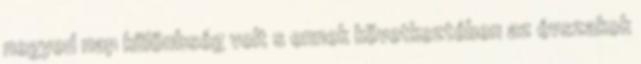
negyed nap különbség volt s ennek következtében az évszakok